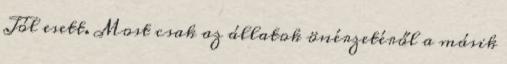
Jól esett. Most csak az állatok önérzetéről a másik